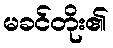
မခင်တိုး၏